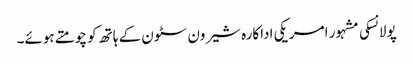
پولانسکی مشہور امریکی اداکارہ شیرون سٹون کے ہاتھ کو چومتے ہوئے۔